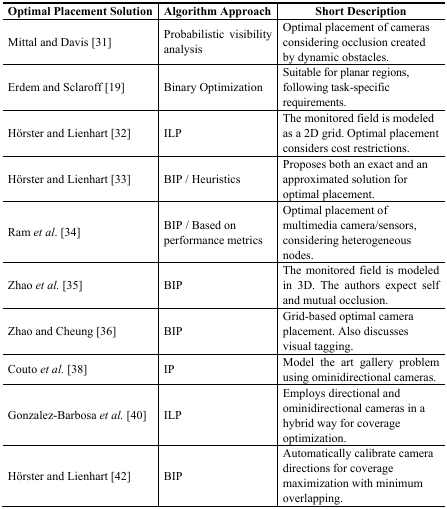
<table><thead><tr><td><b>Optimal Placement Solution</b></td><td><b>Algorithm Approach</b></td><td><b>Short Description</b></td></tr></thead><tbody><tr><td>Mittal and Davis [31]</td><td>Probabilistic visibility analysis</td><td>Optimal placement of cameras considering occlusion created by dynamic obstacles.</td></tr><tr><td>Erdem and Sclaroff [19]</td><td>Binary Optimization</td><td>Suitable for planar regions, following task-specific requirements.</td></tr><tr><td>Hörster and Lienhart [32]</td><td>ILP</td><td>The monitored field is modeled as a 2D grid. Optimal placement considers cost restrictions.</td></tr><tr><td>Hörster and Lienhart [33]</td><td>BIP / Heuristics</td><td>Proposes both an exact and an approximated solution for optimal placement.</td></tr><tr><td>Ram <i>et al</i>. [34]</td><td>BIP / Based on performance metrics</td><td>Optimal placement of multimedia camera/sensors, considering heterogeneous nodes.</td></tr><tr><td>Zhao <i>et al.</i> [35]</td><td>BIP</td><td>The monitored field is modeled in 3D. The authors expect self and mutual occlusion.</td></tr><tr><td>Zhao and Cheung [36]</td><td>BIP</td><td>Grid-based optimal camera placement. Also discusses visual tagging.</td></tr><tr><td>Couto <i>et al.</i> [38]</td><td>IP</td><td>Model the art gallery problem using ominidirectional cameras.</td></tr><tr><td>Gonzalez-Barbosa <i>et al.</i> [40]</td><td>ILP</td><td>Employs directional and ominidirectional cameras in a hybrid way for coverage optimization.</td></tr><tr><td>Hörster and Lienhart [42]</td><td>BIP</td><td>Automatically calibrate camera directions for coverage maximization with minimum overlapping.</td></tr></tbody></table>